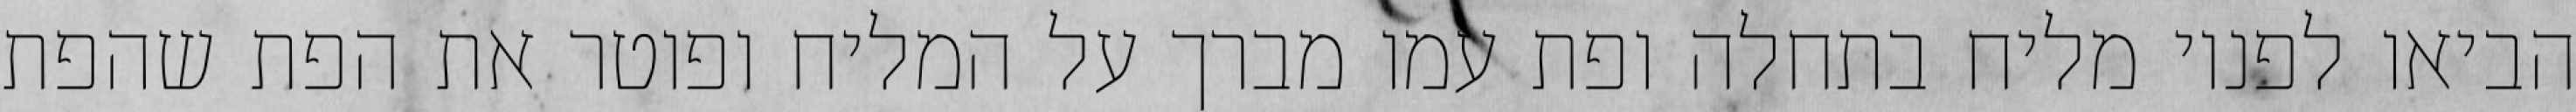
הביאו לפניו מליח בתחלה ופת עמו מברך על המליח ופוטר את הפת שהפת